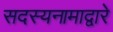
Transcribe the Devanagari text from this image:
सदस्यनामाद्वारे